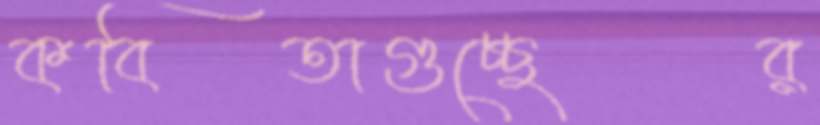
কবিতাগুচ্ছের